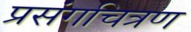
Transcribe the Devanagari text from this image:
प्रसंगचित्रण